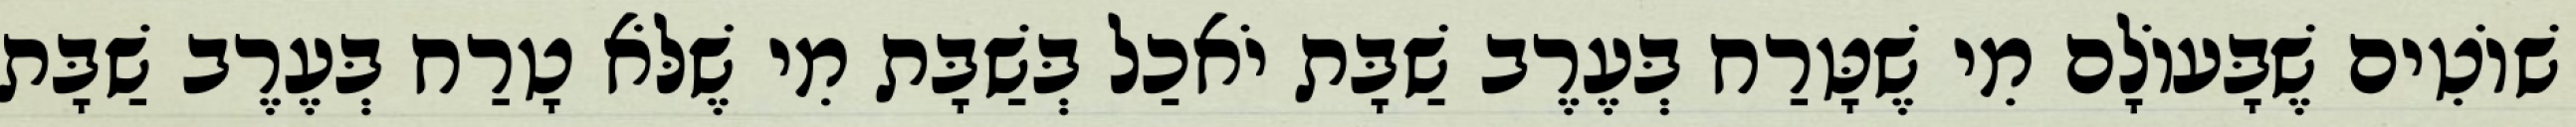
שׁוֹטִים שֶׁבָּעוֹלָם מִי שֶׁטָּרַח בְּעֶרֶב שַׁבָּת יֹאכַל בְּשַׁבָּת מִי שֶׁלֹּא טָרַח בְּעֶרֶב שַׁבָּת